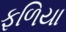
ફળિયા